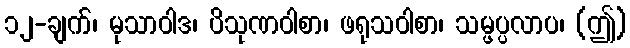
၁၂-ချက်၊ မုသာဝါဒ၊ ပိသုဏဝါစာ၊ ဖရုသဝါစာ၊ သမ္ဖပ္ပလာပ၊ (ဤ)